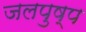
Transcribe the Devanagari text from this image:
जलपुष्प